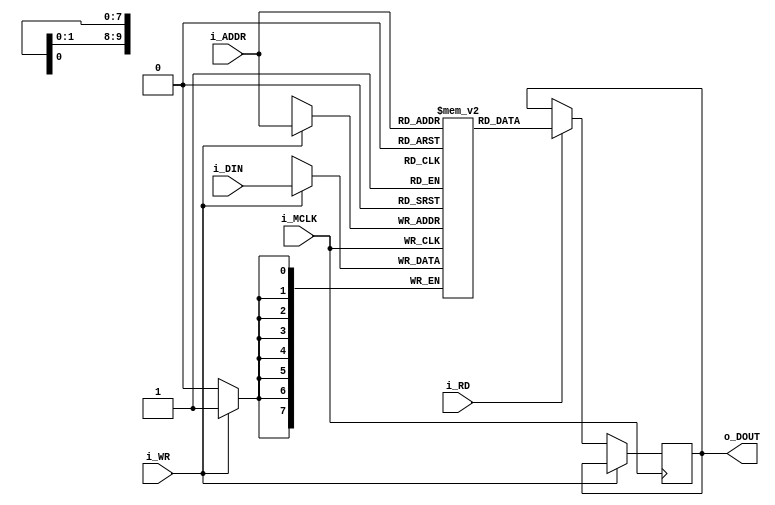
module SuprLoco_SRAM #(parameter AW=10, parameter DW=8, parameter simhexfile="") (
    input   wire            i_MCLK,
    
    input   wire   [AW-1:0] i_ADDR,
    input   wire   [DW-1:0] i_DIN,
    output  reg    [DW-1:0] o_DOUT,
    input   wire            i_RD,
    input   wire            i_WR
);

reg     [DW-1:0]   RAM [0:(2**AW)-1];
always @(posedge i_MCLK) begin
    if(i_WR) RAM[i_ADDR] <= i_DIN;
    else begin
        if(i_RD) o_DOUT <= RAM[i_ADDR];
    end
end

integer i;
initial begin
    if( simhexfile != "" ) begin
        $readmemh(simhexfile, RAM);
    end
	 /*
    else begin
        for(i=0; i<2**AW; i=i+1) RAM[i] = {DW{1'b0}};
    end
	 */
end

endmodule